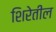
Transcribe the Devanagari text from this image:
शिरेतील